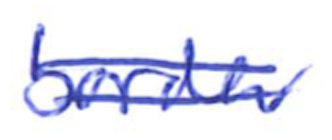
Text: border
Cross-out: double-line
Writing tool: ballpoint